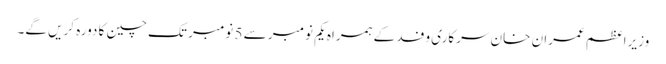
وزیراعظم عمران خان سرکاری وفد کے ہمراہ یکم نومبر سے 5 نومبر تک چین کا دورہ کریں گے۔